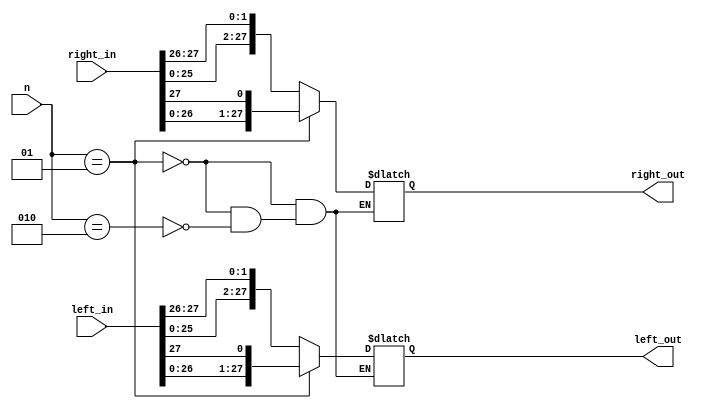
module leftShift (output reg [1:28] left_out, output reg [1:28] right_out, input integer n, input [1:28] left_in, input [1:28] right_in);
	always @(left_in, right_in, n) begin
		if(n == 1) begin
			left_out = {left_in[2:28], left_in[1]};
			right_out = {right_in[2:28], right_in[1]};
		end
		else if (n == 2) begin
			left_out = {left_in[3:28], left_in[1], left_in[2]};
			right_out = {right_in[3:28], right_in[1], right_in[2]};
		end
	end
endmodule